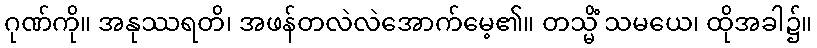
ဂုဏ်ကို။ အနုဿရတိ၊ အဖန်တလဲလဲအောက်မေ့၏။ တသ္မိံ သမယေ၊ ထိုအခါ၌။